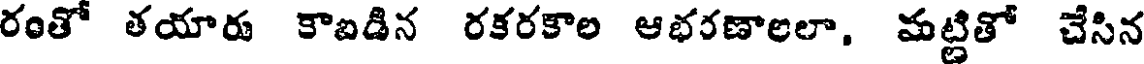
రంతో తయారు కాబడిన రకరకాల ఆభరణాలలా, మట్టితో చేసిన